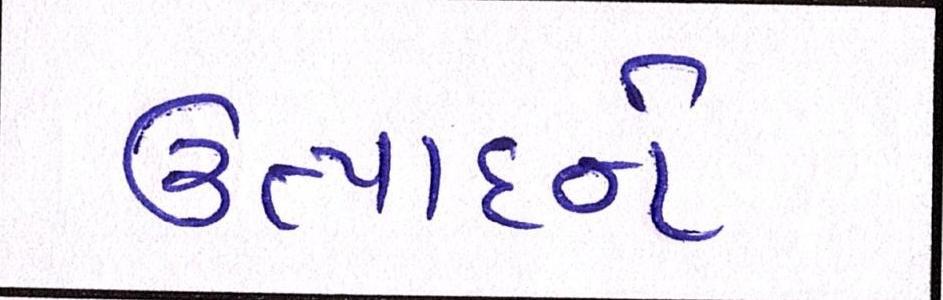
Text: ઉત્પાદને